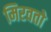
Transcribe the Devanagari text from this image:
मिरवतो